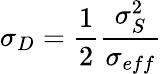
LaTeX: \sigma_{D}=\frac{1}{2}\frac{\sigma_{S}^{2}}{\sigma_{eff}}